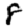
Digit: 8